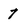
Character: 7